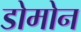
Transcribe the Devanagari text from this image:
डोमोन